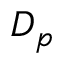
D _ { p }